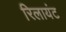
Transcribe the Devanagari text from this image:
रिलायंट